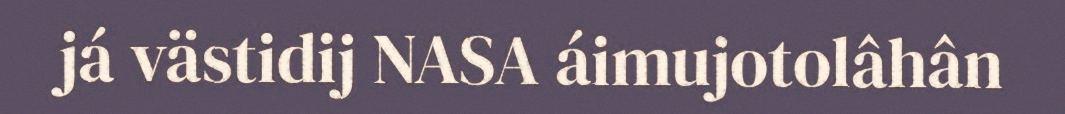
já västidij NASA áimujotolâhân